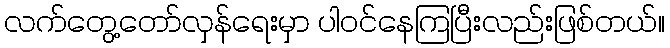
လက်တွေ့တော်လှန်ရေးမှာ ပါဝင်နေကြပြီးလည်းဖြစ်တယ်။